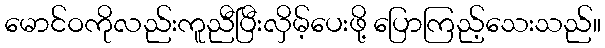
မောင်ဝကိုလည်းကူညီပြီးလှိမ့်ပေးဖို့ ပြောကြည့်သေးသည်။